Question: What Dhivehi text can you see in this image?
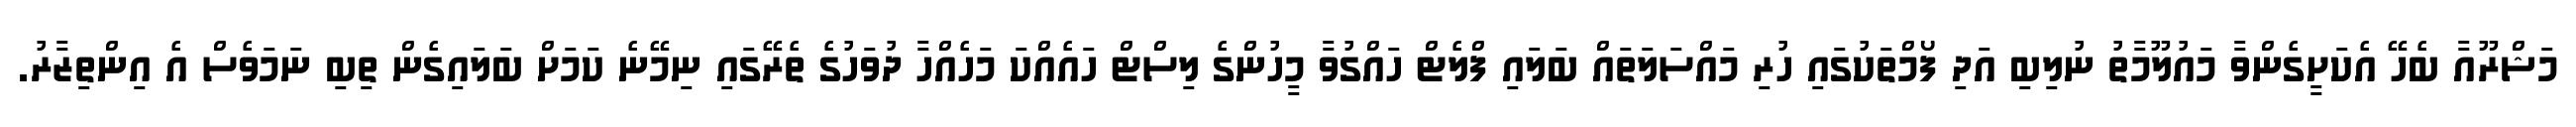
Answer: މަޝްރޫއާ ބެހޭ އެކަށީގެންވާ މައުލޫމާތު ނުލިބި އަދި ފޯމްތަކުގައި ހުރި މައްސަލަތައް ބަލައި ފްލެޓް ހައްގުވާ މީހުންގެ ލިސްޓް ހައެއްކަ މަހެއްހާ ދުވަހުގެ ތެރޭގައި ނިމޭނެ ކަމަށް ބަލައިގެން ތިބި ނަމަވެސް އެ އިންތިޒާރު.